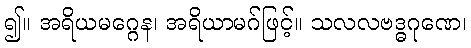
၍။ အရိယမဂ္ဂေန၊ အရိယာမဂ်ဖြင့်။ သလလဗဒ္ဓဂုဏေ၊